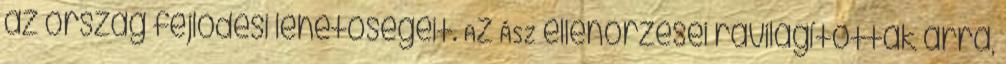
az ország fejlődési lehetőségeit. Az ÁSZ ellenőrzései rávilágítottak arra,